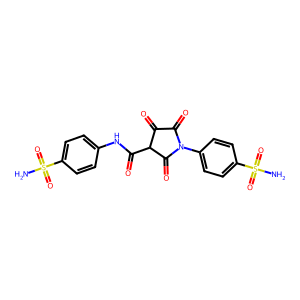
SMILES: NS(=O)(=O)c1ccc(NC(=O)C2C(=O)C(=O)N(c3ccc(S(N)(=O)=O)cc3)C2=O)cc1
Inhibits HIV replication: No